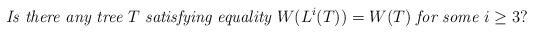
LaTeX: \begin{align*}\mbox{\it Is there any tree } T \mbox{ \it satisfying equality } W(L^i(T))=W(T)\mbox{ \it for some } i\ge 3?\end{align*}